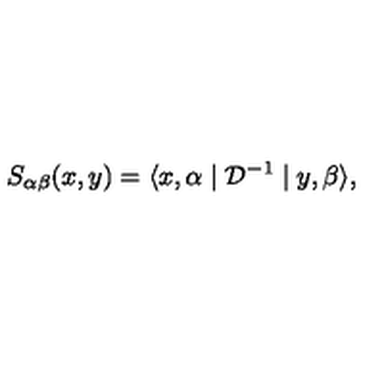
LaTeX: S _ { \alpha \beta } ( x , y ) = \langle x , \alpha \mid { \mathcal D } ^ { - 1 } \mid y , \beta \rangle ,